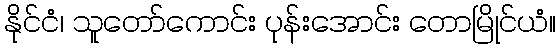
နိုင်ငံ၊ သူတော်ကောင်း ပုန်းအောင်း တောမြိုင်ယံ။